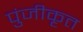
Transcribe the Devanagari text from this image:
पुंजीकृत